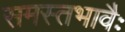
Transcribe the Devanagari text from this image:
समस्तभावैः